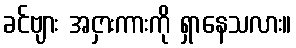
ခင်ဗျား အငှားကားကို ရှာနေသလား။